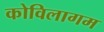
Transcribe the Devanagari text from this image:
कोविलागम